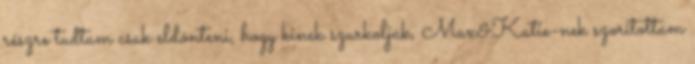
részre tudtam csak eldönteni, hogy kinek szurkoljak, Max&Katie-nek szorítottam